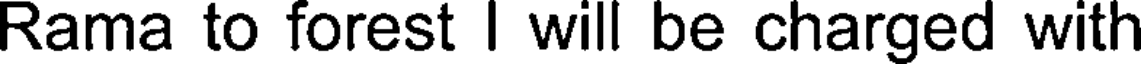
Rama to forest I will be charged with